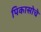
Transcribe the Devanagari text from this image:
पिकासोचे